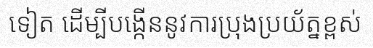
ទៀត ដើម្បីបង្កើននូវការប្រុងប្រយ័ត្នខ្ពស់